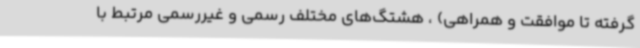
گرفته تا موافقت و همراهی) ، هشتگ‌های مختلف رسمی و غیررسمی مرتبط با